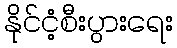
နိုင်ငံ့စီးပွားရေး